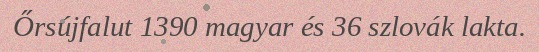
Őrsújfalut 1390 magyar és 36 szlovák lakta.